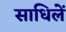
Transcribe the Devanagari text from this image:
साधिलें